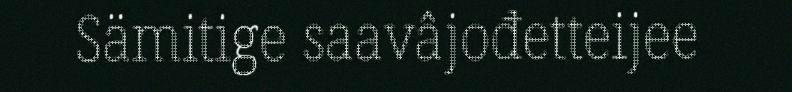
Sämitige saavâjođetteijee